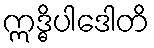
ဣဒ္ဓိပါဒေါတိ